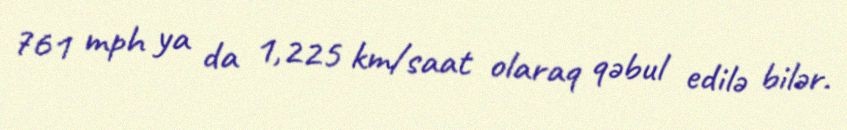
761 mph ya da 1,225 km/saat olaraq qəbul edilə bilər.